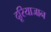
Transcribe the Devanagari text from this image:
दूरियाजान